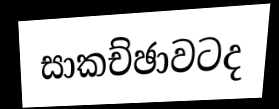
සාකච්ඡාවටද